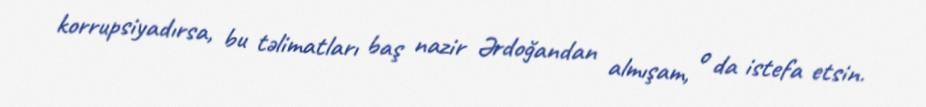
korrupsiyadırsa, bu təlimatları baş nazir Ərdoğandan almışam, o da istefa etsin.